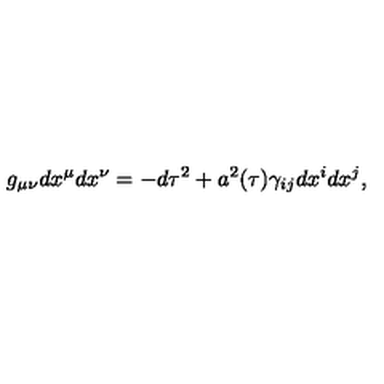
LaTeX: g _ { \mu \nu } d x ^ { \mu } d x ^ { \nu } = - d \tau ^ { 2 } + a ^ { 2 } ( \tau ) \gamma _ { i j } d x ^ { i } d x ^ { j } ,